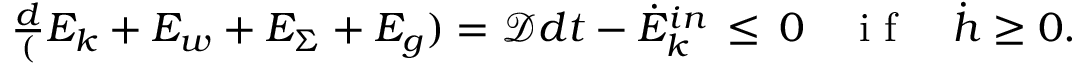
\begin{array} { r } { \frac { d } ( E _ { k } + E _ { w } + E _ { \Sigma } + E _ { g } ) = \mathcal { D } { d t } - \dot { E } _ { k } ^ { i n } \, \leq \, 0 \quad \mathrm { ~ i ~ f ~ } \quad \dot { h } \geq 0 . } \end{array}